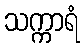
သက္ကာရံ